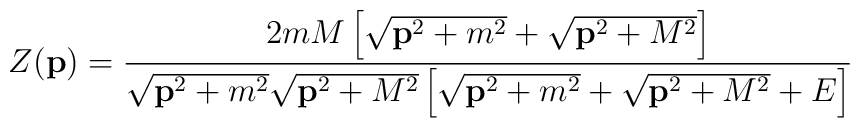
Z({\bf p})=\frac {2mM\left[\sqrt {{\bf p}^2+m^2}+\sqrt {{\bf p}^2+M^2}\right]}{\sqrt {{\bf p}^2+m^2}\sqrt {{\bf p}^2+M^2}\left[\sqrt {{\bf p}^2+m^2}+\sqrt {{\bf p}^2+M^2}+E\right]}